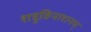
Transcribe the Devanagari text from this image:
शत्रुविनाशनम्